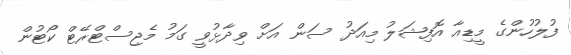
ފުލުހުންގެ މީޑިއާ އޮފިޝަލު މިއަދު ސަން އަށް ވިދާޅުވީ ގަމު މެޖިސްޓްރޭޓް ކޯޓުން